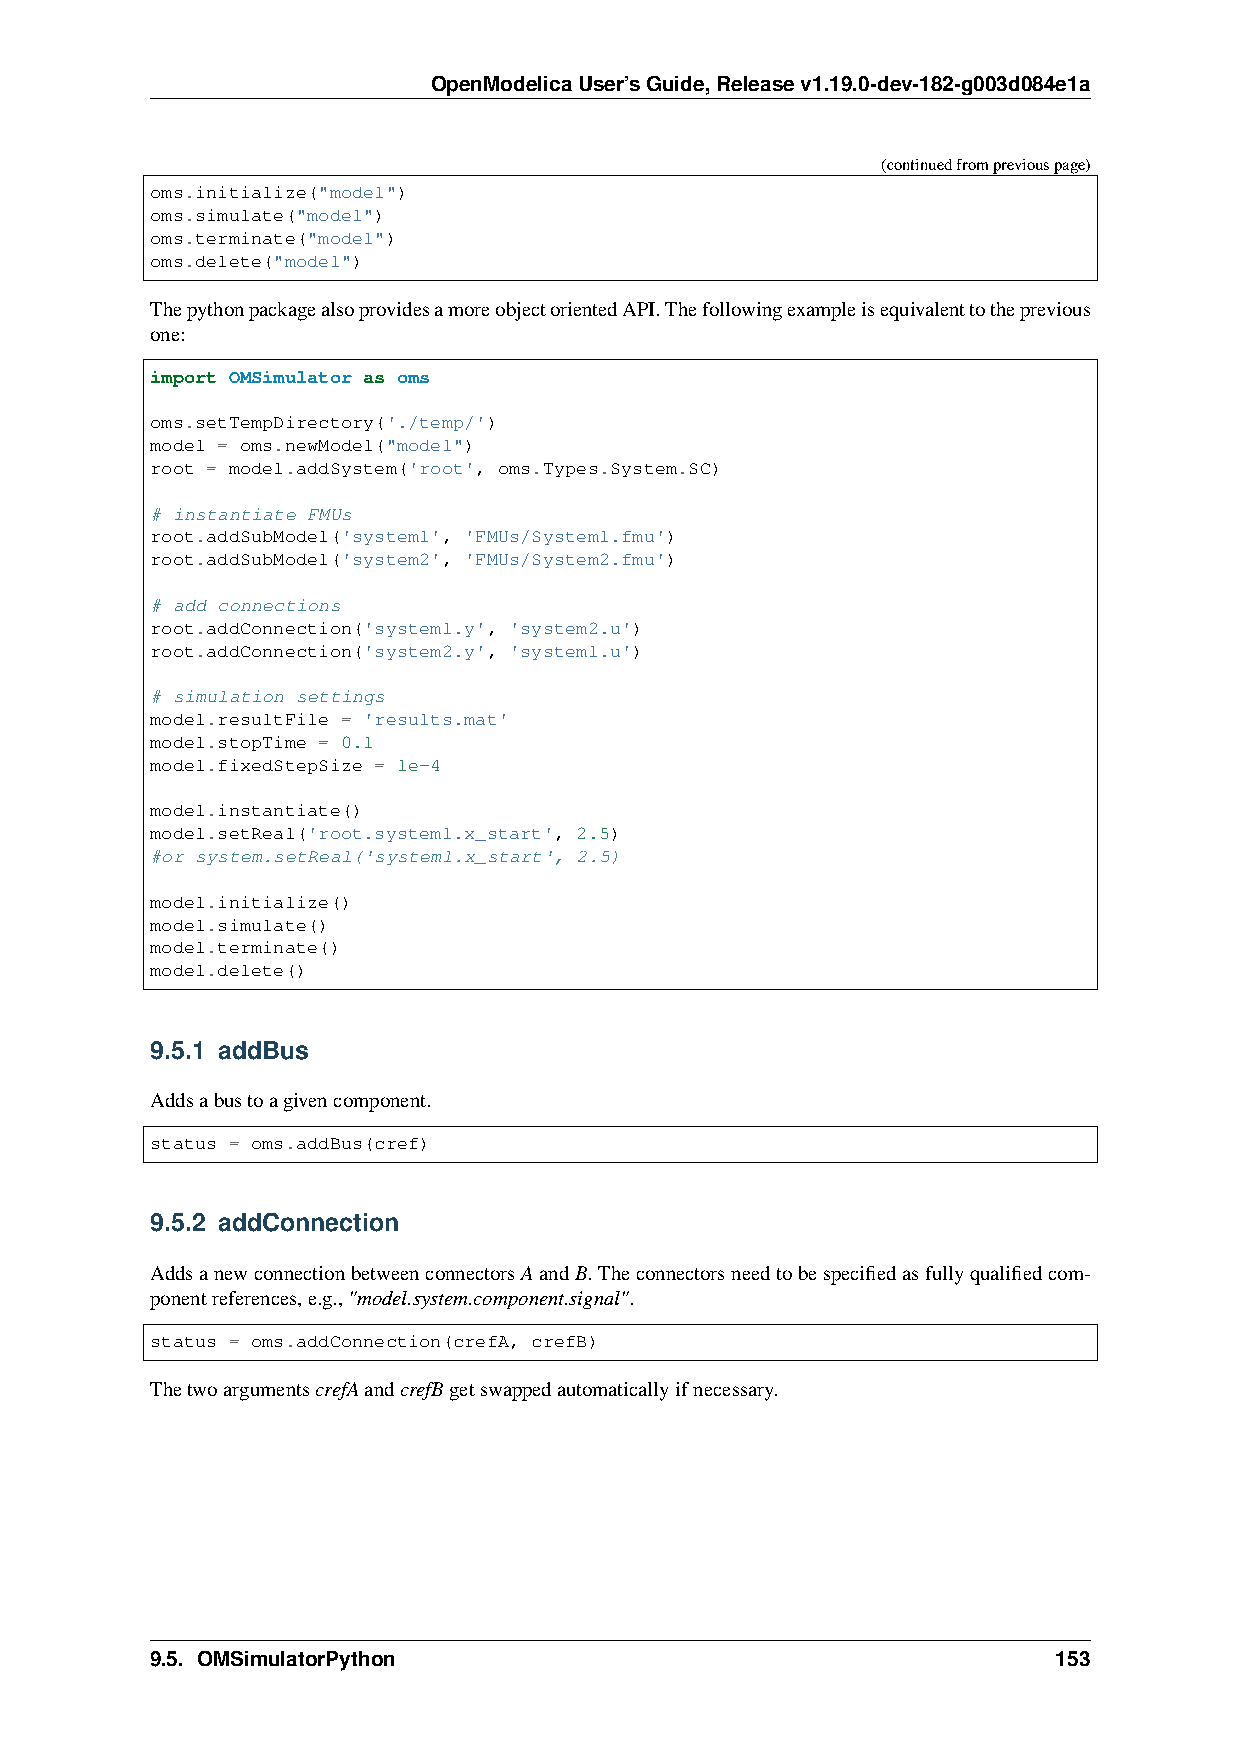
OpenModelicaUser’sGuide,Releasev1.19.0-dev-182-g003d084e1a
 (continuedfrompreviouspage)
 oms.initialize("model")
 oms.simulate("model")
 oms.terminate("model")
 oms.delete("model")
 ThepythonpackagealsoprovidesamoreobjectorientedAPI.Thefollowingexampleisequivalenttotheprevious
 one:
 import OMSimulator as oms
 oms.setTempDirectory('./temp/')
 model = oms.newModel("model")
 root = model.addSystem('root', oms.Types.System.SC)
 # instantiate FMUs
 root.addSubModel('system1', 'FMUs/System1.fmu')
 root.addSubModel('system2', 'FMUs/System2.fmu')
 # add connections
 root.addConnection('system1.y', 'system2.u')
 root.addConnection('system2.y', 'system1.u')
 # simulation settings
 model.resultFile = 'results.mat'
 model.stopTime = 0.1
 model.fixedStepSize = 1e-4
 model.instantiate()
 model.setReal('root.system1.x_start', 2.5)
 #or system.setReal('system1.x_start', 2.5)
 model.initialize()
 model.simulate()
 model.terminate()
 model.delete()
 9.5.1 addBus
 Addsabustoagivencomponent.
 status = oms.addBus(cref)
 9.5.2 addConnection
 AddsanewconnectionbetweenconnectorsAandB.Theconnectorsneedtobespecifiedasfullyqualifiedcom-
 ponentreferences,e.g.,"model.system.component.signal".
 status = oms.addConnection(crefA, crefB)
 ThetwoargumentscrefAandcrefBgetswappedautomaticallyifnecessary.
 9.5. OMSimulatorPython                                      153